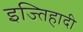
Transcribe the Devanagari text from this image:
इज्तिहादी